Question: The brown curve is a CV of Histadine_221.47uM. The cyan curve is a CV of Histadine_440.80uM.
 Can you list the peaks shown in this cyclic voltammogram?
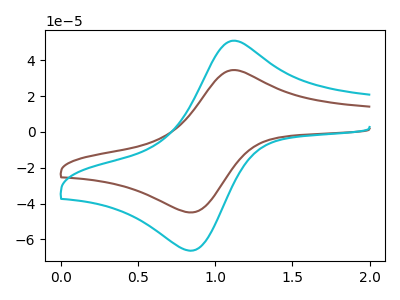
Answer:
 <answer>The brown curve "Histadine_221.47uM" has an anodic peak at (1.10V, 34.55uA) and a cathodic peak at (0.85V, -44.75uA). The cyan curve "Histadine_440.80uM" has an anodic peak at (1.10V, 50.90uA) and a cathodic peak at (0.85V, -66.00uA).</answer>
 <eval></eval>